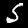
Label: 5